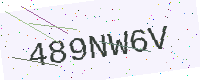
Text: 489NW6V